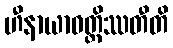
ဟီနာယာဝတ္တိဿတီတိ